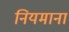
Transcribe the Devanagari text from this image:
नियमाना